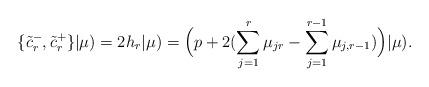
LaTeX: \begin{align*}\{ \tilde c_r^-, \tilde c_r^+ \} |\mu) = 2h_r |\mu) = \Bigl(p+2(\sum_{j=1}^r \mu_{jr}-\sum_{j=1}^{r-1}\mu_{j,r-1} )\Bigr) |\mu). \end{align*}